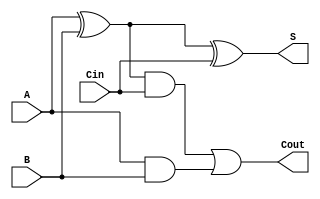
module circuit1_structural (A, B, Cin, S, Cout); //1 bit adder
	input A, B, Cin;
	output S, Cout;
	wire w,ab,w1;
	
	xor xor1(w,A,B);
	xor xor2(S,w,Cin);
	and and1(ab,A,B);
	and and2(w1,w,Cin);
	or or1(Cout,w1,ab);

endmodule

module mux_4_1 (A, B, C, D,X,Y,Z); //4:1 mux
	input A,B,C,D,X,Y;
	output Z;
	wire Xn,Yn, zero, one, two, three;
not n1(Xn,X);
not n2(Yn,Y);
and an1(zero,  A, Xn, Yn);
and an2(one,   B, X, Yn );
and an3(two,   C, Xn , Y);
and an4(three, D, X , Y );
or or1 (Z, zero, one, two, three);

endmodule



module adder_2bit (X0,X1,Y0,Y1, Cin, Sum0,Sum1, Cout); //2bit adder 
	input X0,X1,Y0,Y1, Cin;
	output Sum0,Sum1, Cout;
	wire Cout1, X1n,Y2n;
not n1(X1n,X1);
not n2(Y1n,Y1);
not n3(Cout1n,Cout1);

circuit1_structural a0 (X0, Y0, Cin, Sum0,     Cout1);
mux_4_1 a1 (Y1, Y1n, Y1n, Y1,Cout1,X1, Sum1);
mux_4_1 a2 (1'b0,   Y1, Y1,   1'b1,Cout1,X1, Cout);

endmodule